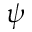
\psi